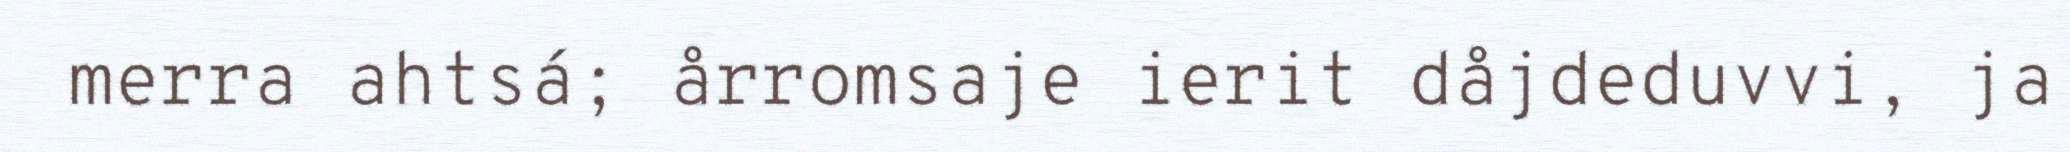
merra ahtsá; årromsaje ierit dåjdeduvvi, ja